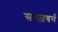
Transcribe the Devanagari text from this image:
सल्ज़बर्ग